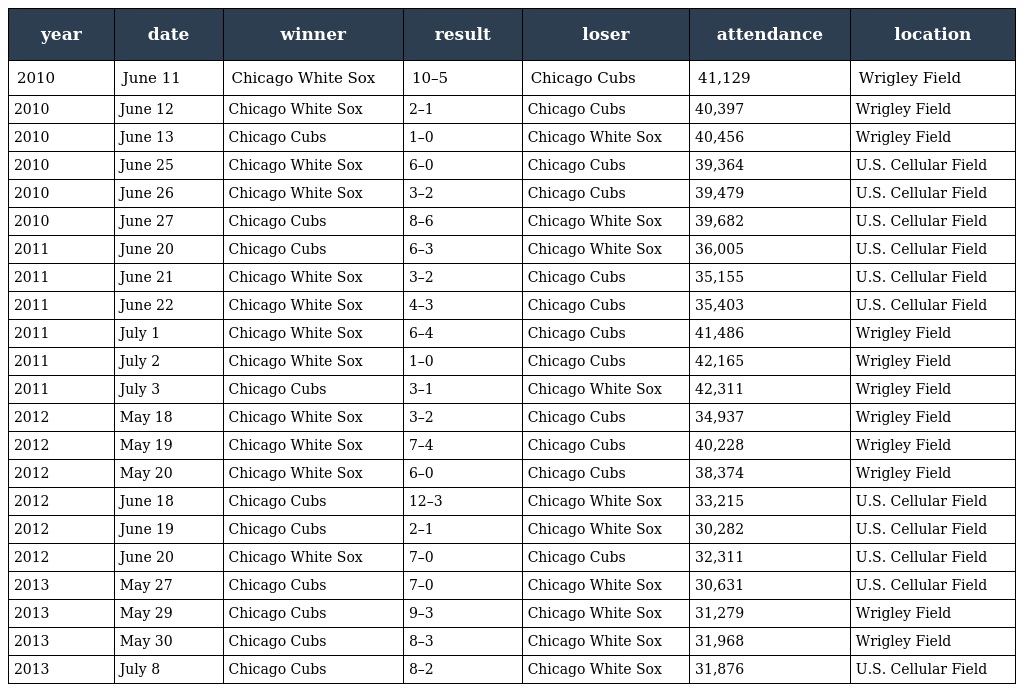
| year | date | winner | result | loser | attendance | location |
 | --- | --- | --- | --- | --- | --- | --- |
 | 2010 | June 11 | Chicago White Sox | 10–5 | Chicago Cubs | 41,129 | Wrigley Field |
 | 2010 | June 12 | Chicago White Sox | 2–1 | Chicago Cubs | 40,397 | Wrigley Field |
 | 2010 | June 13 | Chicago Cubs | 1–0 | Chicago White Sox | 40,456 | Wrigley Field |
 | 2010 | June 25 | Chicago White Sox | 6–0 | Chicago Cubs | 39,364 | U.S. Cellular Field |
 | 2010 | June 26 | Chicago White Sox | 3–2 | Chicago Cubs | 39,479 | U.S. Cellular Field |
 | 2010 | June 27 | Chicago Cubs | 8–6 | Chicago White Sox | 39,682 | U.S. Cellular Field |
 | 2011 | June 20 | Chicago Cubs | 6–3 | Chicago White Sox | 36,005 | U.S. Cellular Field |
 | 2011 | June 21 | Chicago White Sox | 3–2 | Chicago Cubs | 35,155 | U.S. Cellular Field |
 | 2011 | June 22 | Chicago White Sox | 4–3 | Chicago Cubs | 35,403 | U.S. Cellular Field |
 | 2011 | July 1 | Chicago White Sox | 6–4 | Chicago Cubs | 41,486 | Wrigley Field |
 | 2011 | July 2 | Chicago White Sox | 1–0 | Chicago Cubs | 42,165 | Wrigley Field |
 | 2011 | July 3 | Chicago Cubs | 3–1 | Chicago White Sox | 42,311 | Wrigley Field |
 | 2012 | May 18 | Chicago White Sox | 3–2 | Chicago Cubs | 34,937 | Wrigley Field |
 | 2012 | May 19 | Chicago White Sox | 7–4 | Chicago Cubs | 40,228 | Wrigley Field |
 | 2012 | May 20 | Chicago White Sox | 6–0 | Chicago Cubs | 38,374 | Wrigley Field |
 | 2012 | June 18 | Chicago Cubs | 12–3 | Chicago White Sox | 33,215 | U.S. Cellular Field |
 | 2012 | June 19 | Chicago Cubs | 2–1 | Chicago White Sox | 30,282 | U.S. Cellular Field |
 | 2012 | June 20 | Chicago White Sox | 7–0 | Chicago Cubs | 32,311 | U.S. Cellular Field |
 | 2013 | May 27 | Chicago Cubs | 7–0 | Chicago White Sox | 30,631 | U.S. Cellular Field |
 | 2013 | May 29 | Chicago Cubs | 9–3 | Chicago White Sox | 31,279 | Wrigley Field |
 | 2013 | May 30 | Chicago Cubs | 8–3 | Chicago White Sox | 31,968 | Wrigley Field |
 | 2013 | July 8 | Chicago Cubs | 8–2 | Chicago White Sox | 31,876 | U.S. Cellular Field |